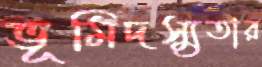
ভূমিদস্যুতার